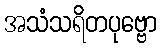
အသံသရိတပုဗ္ဗော